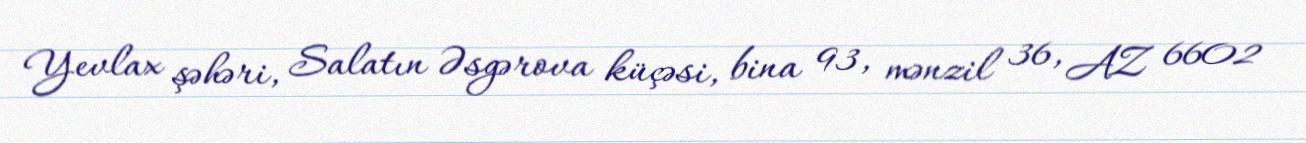
Yevlax şəhəri, Salatın Əsgərova küçəsi, bina 93, mənzil 36, AZ 6602